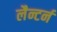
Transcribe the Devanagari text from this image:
लैन्टर्न